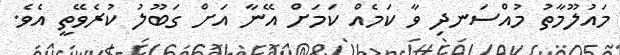
މައުލޫމާތު މުއްސަނދި ވާ ކަމެއް ކަމަށް އޭނާ އަށް ގަބޫލު ކުރެވޭތީ އެވެ.